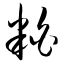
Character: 粕